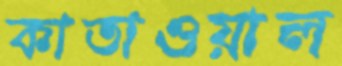
কাতাওয়াল